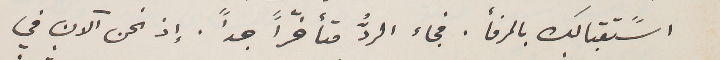
اسًتقبالك بالمرفأ. فجاء الردُّ متأخّراً جداً. إذ نحن آلان في